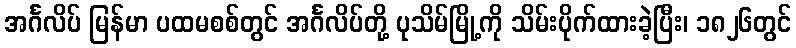
အင်္ဂလိပ် မြန်မာ ပထမစစ်တွင် အင်္ဂလိပ်တို့ ပုသိမ်မြို့ကို သိမ်းပိုက်ထားခဲ့ပြီး၊ ၁၈၂၆တွင်